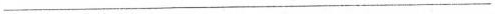
___